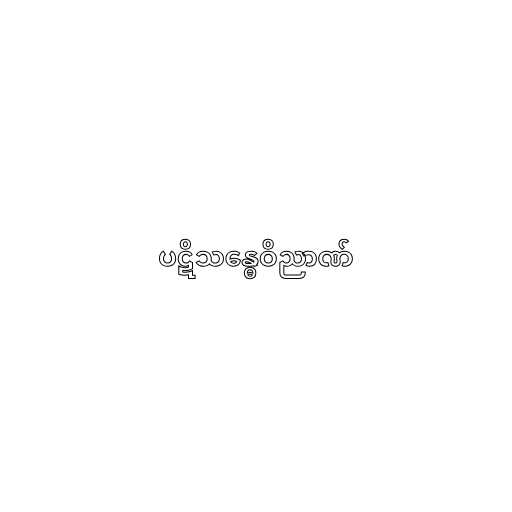
ပဋိသန္ဓေဝိညာဏ်